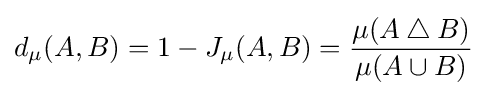
d_{\mu }(A,B)=1-J_{\mu }(A,B)={\frac {\mu (A\mathbin {\triangle } B)}{\mu (A\cup B)}}